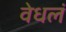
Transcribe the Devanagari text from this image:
वेधलं